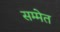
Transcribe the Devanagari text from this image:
सम्मेत